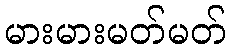
မားမားမတ်မတ်